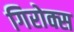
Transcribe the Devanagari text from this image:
गिरोक्स